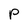
Character: P